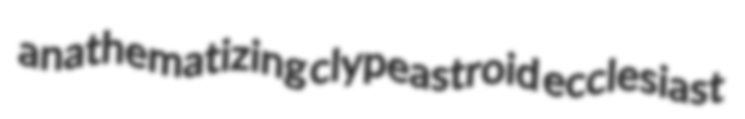
anathematizing clypeastroid ecclesiast